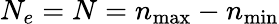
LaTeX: N_{e}=N=n_{\mathrm{max}}-n_{\mathrm{min}}